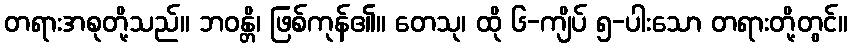
တရားအစုတို့သည်။ ဘဝန္တိ၊ ဖြစ်ကုန်၏။ တေသု၊ ထို ၆-ကျိပ် ၅-ပါးသော တရားတို့တွင်။